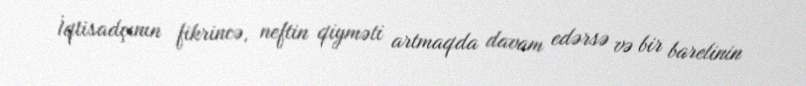
İqtisadçının fikrincə, neftin qiyməti artmaqda davam edərsə və bir barelinin